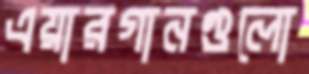
এয়ারগানগুলো